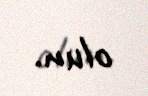
olun.